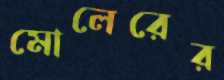
মোলেরের